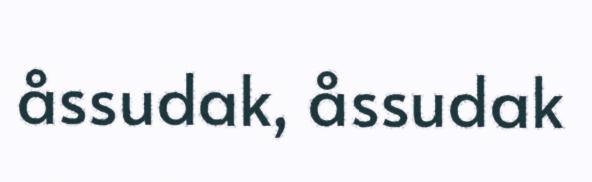
åssudak, åssudak